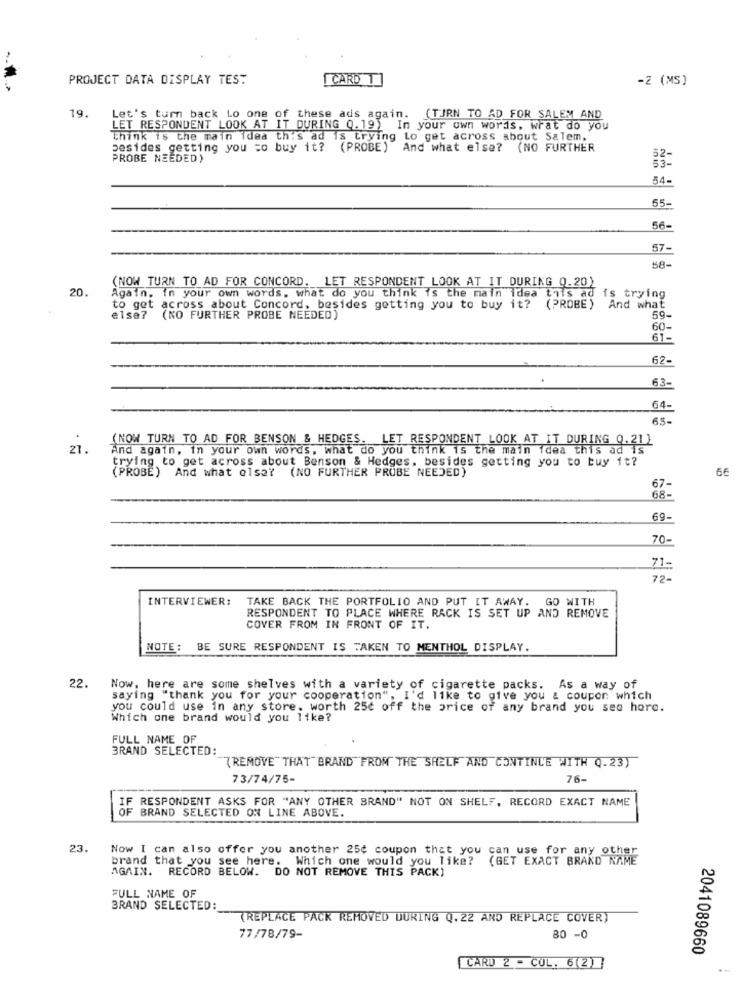
PROJECT DATA DISPLAY TES:
CARD T
-2 (MS)
19.
Let's turn back Lo one of these ads again. (TURN TO AD FOR SALEM AND
LET RESPONDENT LOOK AT IT DURING 0.19) In your own words, what do yo
Think is the main idea th's ad is trying Lo get across about Salem,
besides getting you =o buy it? (PROBE) And what else? (NO FURTHER
PROBE NEEDED)
52-
53-
54-
55-
56-
57-
58-
(NOW TURN TO AD FOR CONCORD. LET RESPONDENT LOOK AT IT DURING Q.20)
20.
Again. in your own words, what do you think is the main idea this ad is trying
to get across about Concord. besides getting you to buy it? (PROBE) And what
else?
(NO FURTHER PROBE NEEDED)
59-
60-
61-
62-
63-
64-
65-
(NOW TURN TO AD FOR BENSON & HEDGES. LET RESPONDENT LOOK AT IT DURING Q.21)
21.
And again, in your own words, what do you think is the main idea this ad is
trying to get across about Benson & Hedges, besides getting you to buy it?
(PROBE) And what else? (NO FURTHER PRUBE NEEDED)
66
67-
68-
69.
70-
71-
72-
INTERVIEWER:
TAKE BACK THE PORTFOLIO AND PUT IT AWAY. GO WITH
RESPONDENT TO PLACE WHERE RACK IS SET UP AND REMOVE
COVER FROM IN FRONT OF IT.
NOTE: BE SURE RESPONDENT IS TAKEN TO MENTHOL DISPLAY.
22. Now, here are some shelves with a variety of cigarette packs. As a way of
saying "thank you for your cooperation", I'd like to give you & coupon which
you could use in any store. worth 25c off the price of any brand you sea hore.
Which one brand would you like?
FULL NAME OF
BRAND SELECTED
"( REMOVE"THAT BRAND FROM THE SHELF AND CONTINUE WITH Q.23)
73/74/75-
76-
F RESPONDENT ASKS FOR "ANY OTHER BRAND" NOT ON SHELF, RECORD EXACT NAME
F BRAND SELECTED ON LINE ABOVE.
23.
Now I can also offer you another 25¢ coupon that you can use for any other
brand that you see here. Which one would you like?
(GET EXACT BRAND NAME
AGAIN. RECORD BELOW. DO NOT REMOVE THIS PACK)
FULL NAME OF
BRAND SELECTED:
(REPLACE PACK REMOVED DURING Q. 22 AND REPLACE COVER)
77/78/79-
80 -0
2041089660
CARD 2 - COL. 6(2)